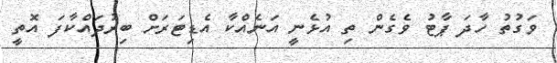
ވަގުތު ހާދަ ޕާޓު ވެގެން ތި އުޅެނީ އަނެއްކާ އެޑިޓަރަށް ބިރުދައްކާފަ އޮތީ